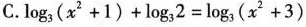
C. $$log _ { 3 } ( x ^ { 2 } + 1 ) + log _